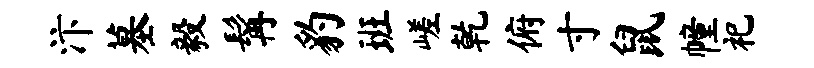
汴墓毅髯豹班嵯乾俯寸鼠幢祀